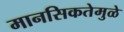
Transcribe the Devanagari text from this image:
मानसिकतेमुळे